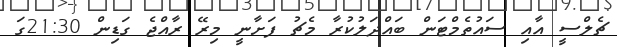
ޗެލްސީ އާއި ސައުތެމްޓަން ބައްދަލުކުރާ މެޗު ފަށާނީ މިރޭ ރާއްޖެ ގަޑިން 21:30ގަ